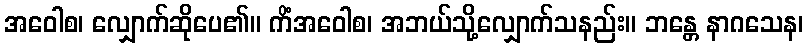
အဝေါစ၊ လျှောက်ဆိုပေ၏။ ကိံအဝေါစ၊ အဘယ်သို့လျှောက်သနည်း။ ဘန္တေ နာဂသေန၊